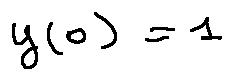
y ( 0 ) = 1